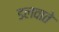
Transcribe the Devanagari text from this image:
डलवाते